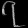
Digit: ၇